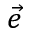
\vec { e }